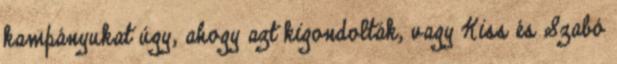
kampányukat úgy, ahogy azt kigondolták, vagy Kiss és Szabó